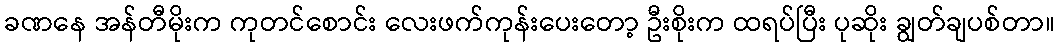
ခဏနေ အန်တီမိုးက ကုတင်စောင်း လေးဖက်ကုန်းပေးတော့ ဦးစိုးက ထရပ်ပြီး ပုဆိုး ချွတ်ချပစ်တာ။